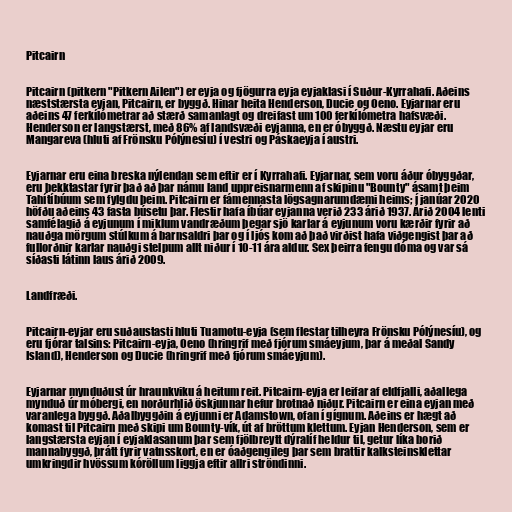
Pitcairn

Pitcairn (pitkern "Pitkern Ailen") er eyja og fjögurra eyja eyjaklasi í Suður-Kyrrahafi. Aðeins
næststærsta eyjan, Pitcairn, er byggð. Hinar heita Henderson, Ducie og Oeno. Eyjarnar eru
aðeins 47 ferkílómetrar að stærð samanlagt og dreifast um 100 ferkílómetra hafsvæði.
Henderson er langstærst, með 86% af landsvæði eyjanna, en er óbyggð. Næstu eyjar eru
Mangareva (hluti af Frönsku Pólýnesíu) í vestri og Páskaeyja í austri.

Eyjarnar eru eina breska nýlendan sem eftir er í Kyrrahafi. Eyjarnar, sem voru áður óbyggðar,
eru þekktastar fyrir það að þar námu land uppreisnarmenn af skipinu "Bounty" ásamt þeim
Tahítíbúum sem fylgdu þeim. Pitcairn er fámennasta lögsagnarumdæmi heims; í janúar 2020
höfðu aðeins 43 fasta búsetu þar. Flestir hafa íbúar eyjanna verið 233 árið 1937. Árið 2004 lenti
samfélagið á eyjunum í miklum vandræðum þegar sjö karlar á eyjunum voru kærðir fyrir að
nauðga mörgum stúlkum á barnsaldri þar og í ljós kom að það virðist hafa viðgengist þar að
fullorðnir karlar nauðgi stelpum allt niður í 10-11 ára aldur. Sex þeirra fengu dóma og var sá
síðasti látinn laus árið 2009.

Landfræði.

Pitcairn-eyjar eru suðaustasti hluti Tuamotu-eyja (sem flestar tilheyra Frönsku Pólýnesíu), og
eru fjórar talsins: Pitcairn-eyja, Oeno (hringrif með fjórum smáeyjum, þar á meðal Sandy
Island), Henderson og Ducie (hringrif með fjórum smáeyjum).

Eyjarnar mynduðust úr hraunkviku á heitum reit. Pitcairn-eyja er leifar af eldfjalli, aðallega
mynduð úr móbergi, en norðurhlið öskjunnar hefur brotnað niður. Pitcairn er eina eyjan með
varanlega byggð. Aðalbyggðin á eyjunni er Adamstown, ofan í gígnum. Aðeins er hægt að
komast til Pitcairn með skipi um Bounty-vík, út af bröttum klettum. Eyjan Henderson, sem er
langstærsta eyjan í eyjaklasanum þar sem fjölbreytt dýralíf heldur til, getur líka borið
mannabyggð, þrátt fyrir vatnsskort, en er óaðgengileg þar sem brattir kalksteinsklettar
umkringdir hvössum kóröllum liggja eftir allri ströndinni.